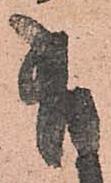
有